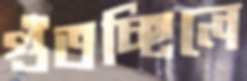
গুঁতচ্ছিলে